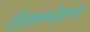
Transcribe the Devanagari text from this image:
डिकम्प्रेशन